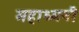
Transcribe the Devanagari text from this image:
महाध्मनी